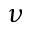
\nu